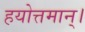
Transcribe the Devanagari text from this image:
हयोत्तमान्।